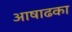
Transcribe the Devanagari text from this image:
आषाढका